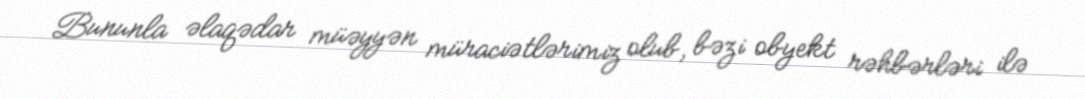
Bununla əlaqədar müəyyən müraciətlərimiz olub, bəzi obyekt rəhbərləri ilə